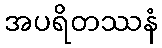
အပရိတဿနံ